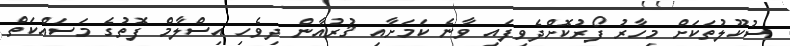
ސުކޫލުތަކަށް މިހާރު ފޯރުކޮށްދެވިފައި ވާނެ ކަމަށާއި ޤުރުއާން ދިވެހި އިސްލާމް ފޮތުގެ މަސައްކަތް